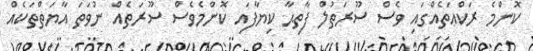
ކޮންމެ ރަކްޢަތެއްގައި ވެސް ސޫރަތުލް ފާތިޙާ ކިޔާފައި ކޮންމެވެސް ސޫރަތެއް ނުވަތަ އާޔަތްތަކެއް